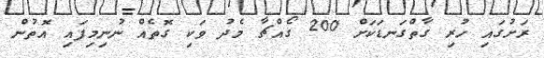
ރަށުގައި ހުރި ގާތްގަނޑަކަށް 200 ގޯއްޗާ މެދު ވަކި ގޮތެއް ނުނިމިފައި އޮތުން